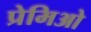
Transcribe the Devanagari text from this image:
प्रेमिओ